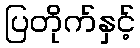
ပြတိုက်နှင့်